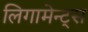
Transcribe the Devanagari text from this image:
लिगामेन्ट्स